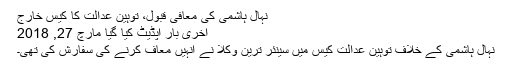
نہال ہاشمی کی معافی قبول، توہینِ عدالت کا کیس خارج
آخری بار اپڈیٹ کیا گیا مارچ 27, 2018
نہال ہاشمی کے خلاف توہینِ عدالت کیس میں سینئر ترین وکلا نے انہیں معاف کرنے کی سفارش کی تھی۔